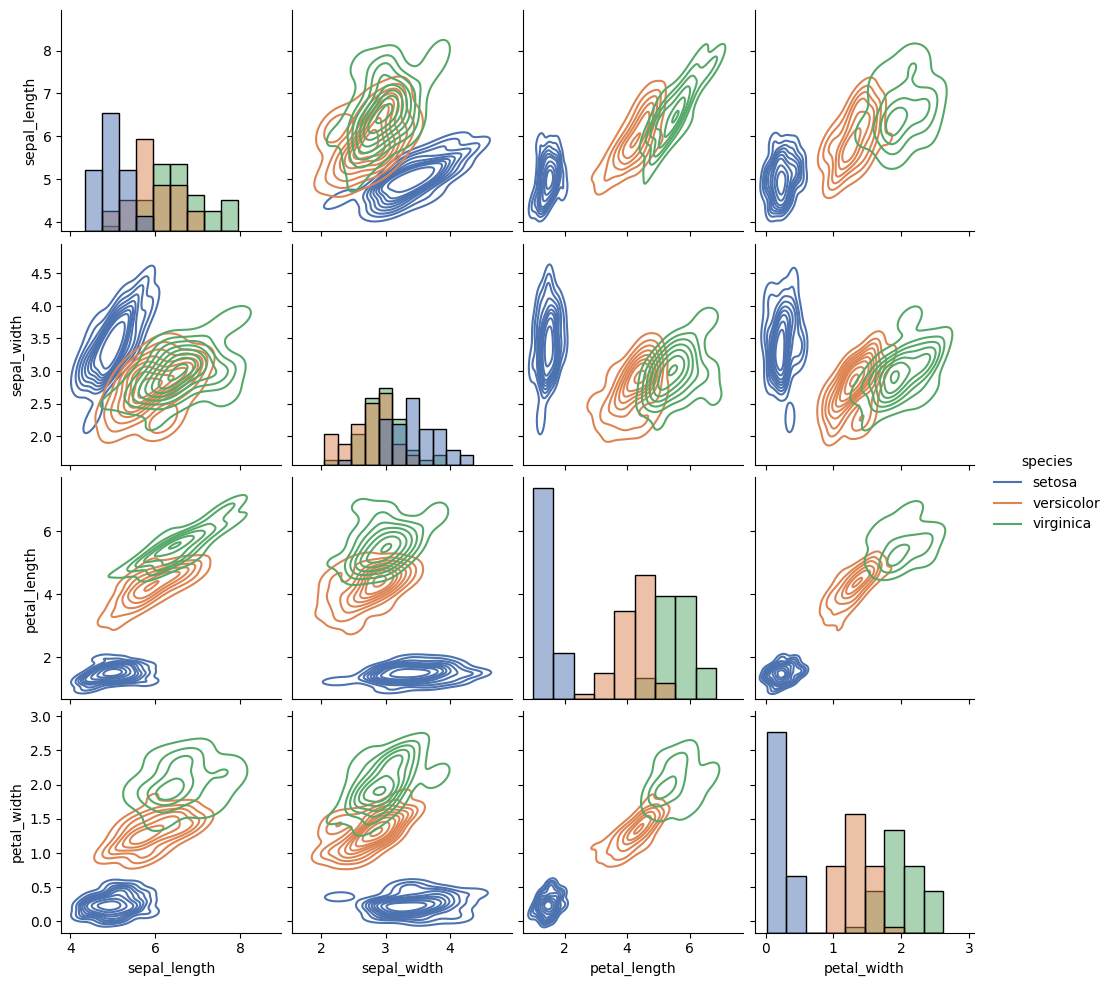
python, seaborn, pairplot, palette='deep', markers=['o'], kind='kde', diag_kind='hist'